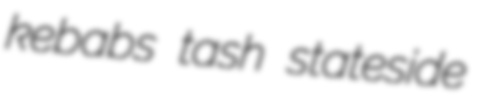
kebabs tash stateside